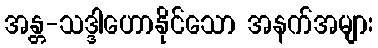
အန္တ-သဒ္ဒါဟောနိုင်သော အနက်အများ